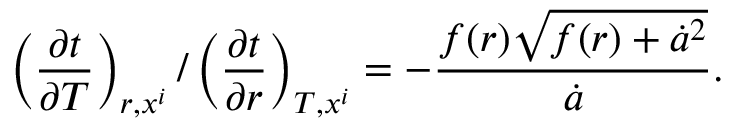
\left( \frac { \partial t } { \partial T } \right) _ { r , x ^ { i } } / \left( \frac { \partial t } { \partial r } \right) _ { T , x ^ { i } } = - \frac { f ( r ) \sqrt { f ( r ) + \dot { a } ^ { 2 } } } { \dot { a } } .